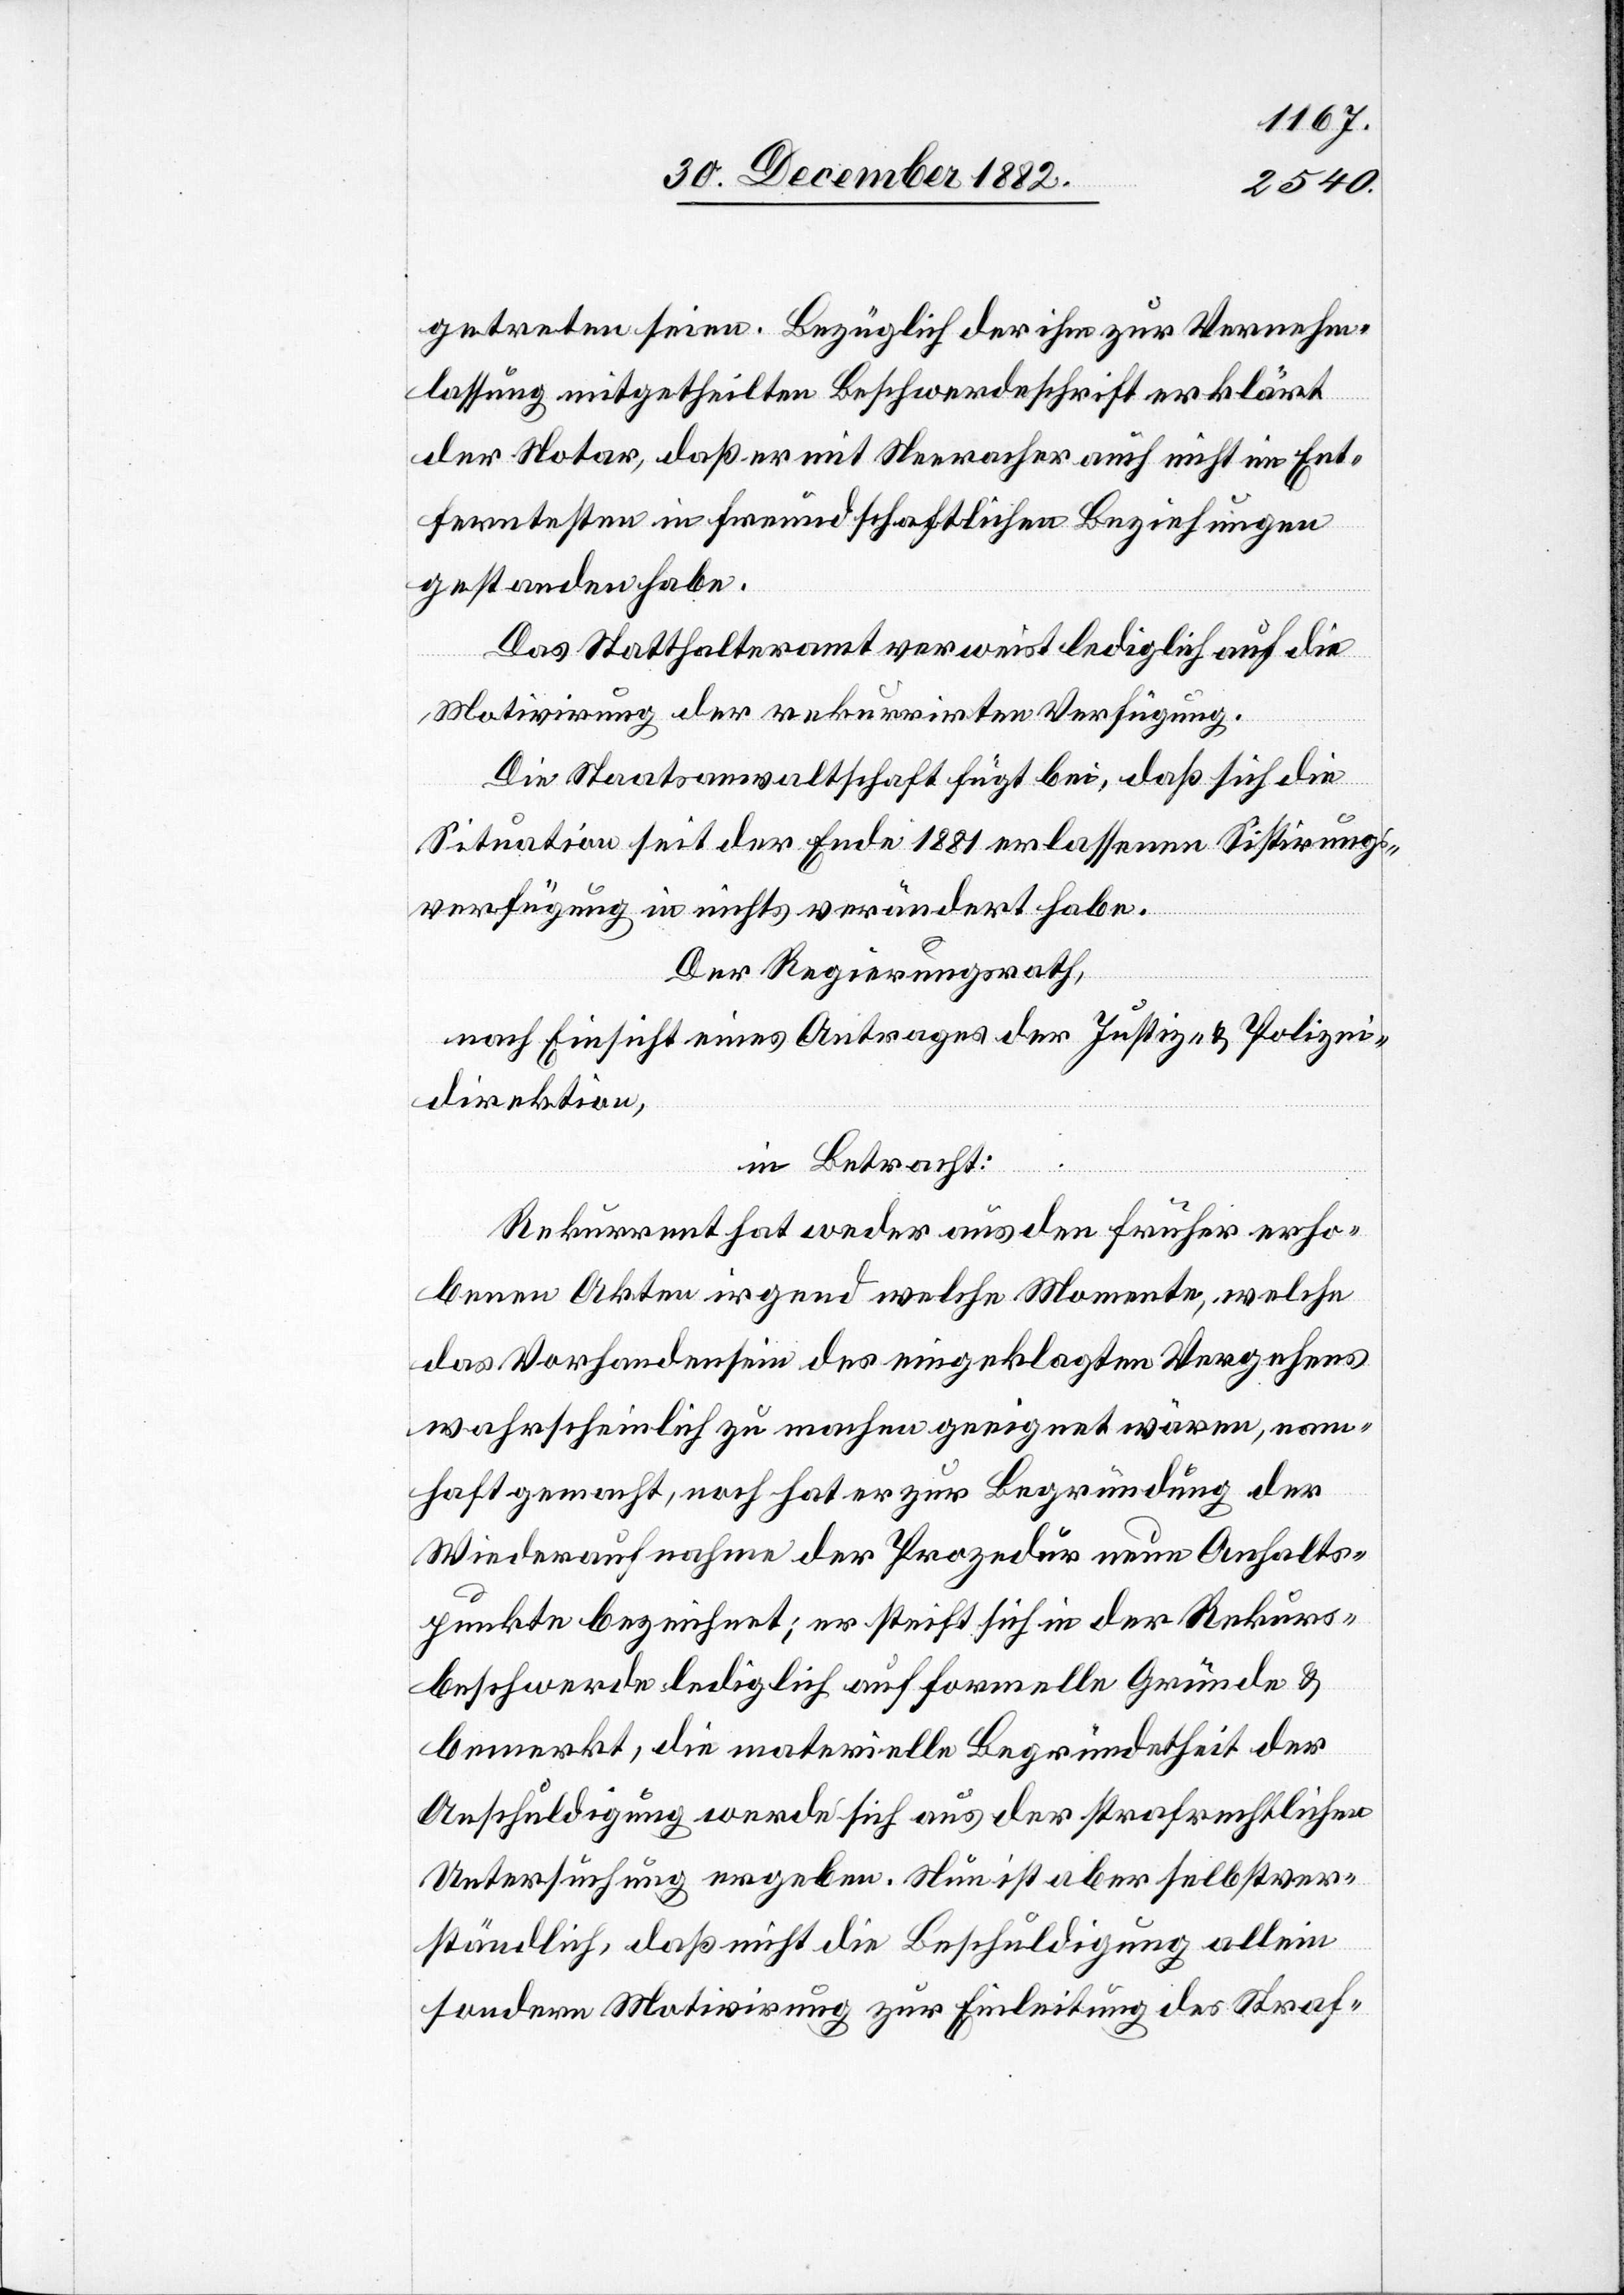
getreten seien. Bezüglich der ihm zur Vernehm¬
lassung mitgetheilten Beschwerdeschrift erklärt
der Notar, daß er mit Neeracher auch nicht im Ent¬
ferntesten in freundschaftliche Beziehungen
gestanden habe.
Das Statthalteramt verweist lediglich auf die
Motivirung der rekurrirten Verfügung.
Die Staatsanwaltschaft fügt bei, daß sich die
Situation seit der Ende 1881 erlassenen Sistirungs¬
verfügung in nichts verändert habe.
Der Regierungsrath,
nach Einsicht eines Antrages der Justiz- & Polizei¬
direktion,
in Betracht:
Rekurrent hat weder aus den früher erho¬
benen Akten irgend welche Momente, welche
das Vorhandensein des eingeklagten Vergehens
wahrscheinlich zu machen geeignet wären, nahm¬
haft gemacht, noch hat er zur Begründung der
Wiederaufnahme der Prozedur neue Anhalts¬
punkte bezeichnet; er [ver]steift sich in der Rekurs¬
beschwerde lediglich auf formelle Gründe &
bemerkt, die materielle Begründetheit der
Anschuldigung werde sich aus der strafrechtlichen
Untersuchung ergeben. Nun ist aber selbstver¬
ständlich, daß nicht die Beschuldigung allein
sondern Motivirung zur Einleitung des Straf-